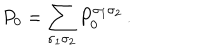
P _ { 0 } = \sum _ { \sigma _ { 1 } \sigma _ { 2 } } P _ { 0 } ^ { \sigma _ { 1 } \sigma _ { 2 } } \, .